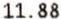
11.88